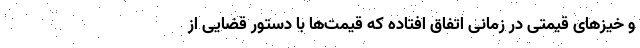
و خیزهای قیمتی در زمانی اتفاق افتاده که قیمت‌ها با دستور قضایی از